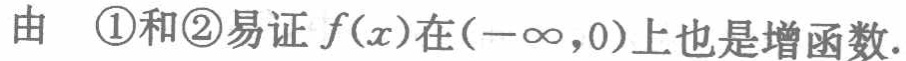
由 \textcircled{1}和\textcircled{2}易证 \(f(x)\)在\((-\infty,0)\)上也是增函数.